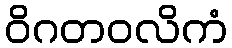
ဝိဂတဝလိကံ